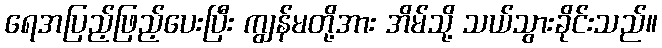
ရေအပြည့်ဖြည့်ပေးပြီး ကျွန်မတို့အား အိမ်သို့ သယ်သွားခိုင်းသည်။